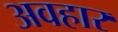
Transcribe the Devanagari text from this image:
अवहार